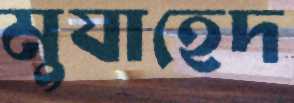
মুযাহেদ